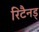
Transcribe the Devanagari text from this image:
रिटैनड्